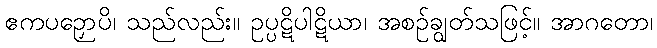
ဧကပဉှောပိ၊ သည်လည်း။ ဥပ္ပဋိပါဋိယာ၊ အစဉ်ချွတ်သဖြင့်။ အာဂတော၊